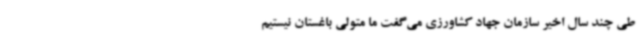
طی چند سال اخیر سازمان جهاد کشاورزی می‌گفت ما متولی باغستان نیستیم